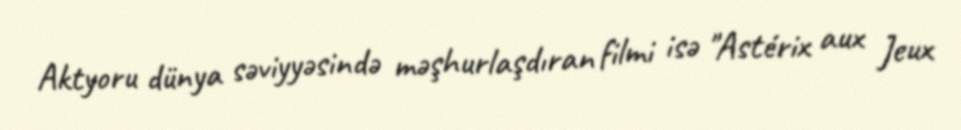
Aktyoru dünya səviyyəsində məşhurlaşdıran filmi isə "Astérix aux Jeux